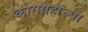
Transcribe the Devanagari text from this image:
काराग्रहाच्या